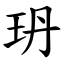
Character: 玬